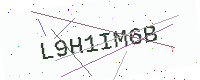
Text: L9H1IM6B